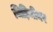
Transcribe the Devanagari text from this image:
चिड़ियीघर